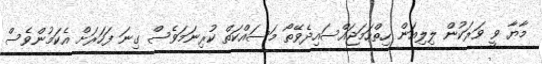
މާޔާ ވީ ވަރަކުން ލިލިއަން ހިތްހަމަޖައްސައިދެވޭތޯ މަސައްކަތް ކުރިނަމަވެސް ގިނަ ފަހަރަށް އެކަމުންވެސް